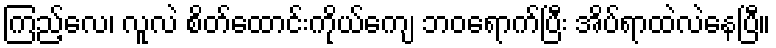
ကြည့်လေ၊ လူလဲ စိတ်ထောင်းကိုယ်ကျေ ဘဝရောက်ပြီး အိပ်ရာထဲလဲနေပြီ။